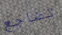
تضاجع